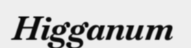
Higganum